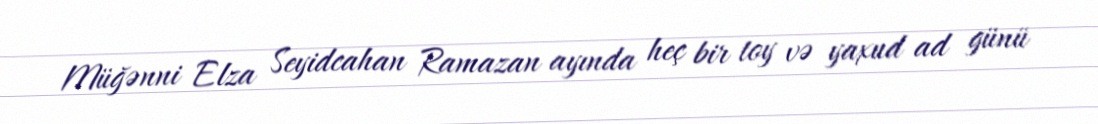
Müğənni Elza Seyidcahan Ramazan ayında heç bir toy və yaxud ad günü